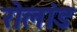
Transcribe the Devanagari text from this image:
रोलांड